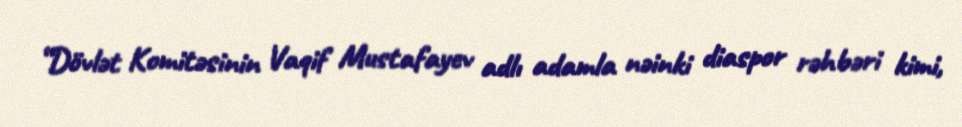
“Dövlət Komitəsinin Vaqif Mustafayev adlı adamla nəinki diaspor rəhbəri kimi,